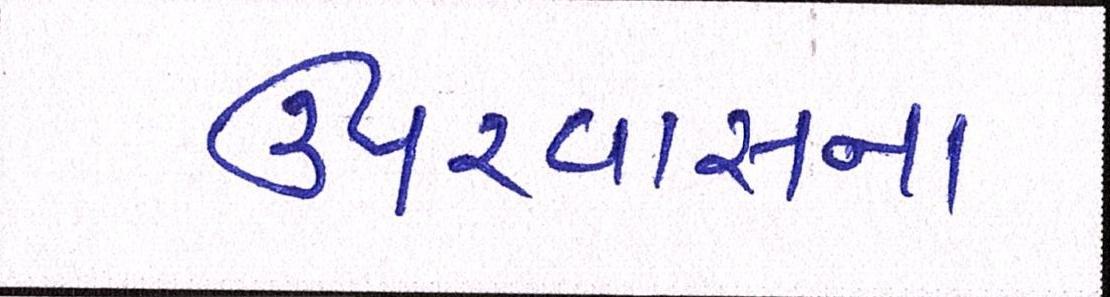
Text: ઉપરવાસના